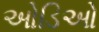
ઓડિઓ